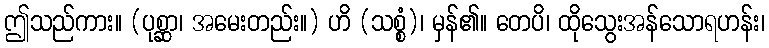
ဤသည်ကား။ (ပုစ္ဆာ၊ အမေးတည်း။) ဟိ (သစ္စံ)၊ မှန်၏။ တေပိ၊ ထိုသွေးအန်သောရဟန်း၊